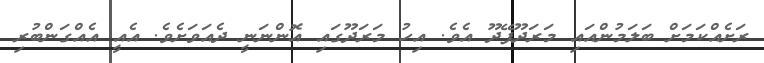
ރަށެއްކަމަށް ބަލަމުންއައި މަރަދޫފޭދޫ އެވެ. އިހު މަރަދޫގައި އޮންނަނީ ދެއަވަށެވެ. އެއީ އެއްގަންބުރި